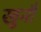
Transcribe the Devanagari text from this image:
खुनौ